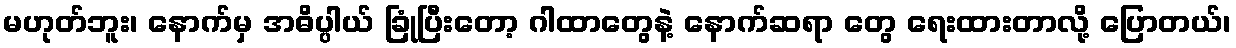
မဟုတ်ဘူး၊ နောက်မှ အဓိပ္ပါယ် ခြုံပြီးတော့ ဂါထာတွေနဲ့ နောက်ဆရာ တွေ ရေးထားတာလို့ ပြောတယ်၊